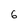
Character: 6